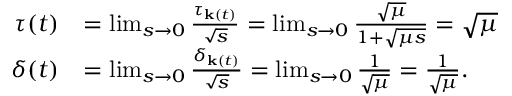
\begin{array} { r l } { \tau ( t ) } & { = \operatorname* { l i m } _ { s \rightarrow 0 } \frac { \tau _ { \mathbf { k } ( t ) } } { \sqrt { s } } = \operatorname* { l i m } _ { s \rightarrow 0 } \frac { \sqrt { \mu } } { 1 + \sqrt { \mu s } } = \sqrt { \mu } } \\ { \delta ( t ) } & { = \operatorname* { l i m } _ { s \rightarrow 0 } \frac { \delta _ { \mathbf { k } ( t ) } } { \sqrt { s } } = \operatorname* { l i m } _ { s \rightarrow 0 } \frac { 1 } { \sqrt { \mu } } = \frac { 1 } { \sqrt { \mu } } . } \end{array}